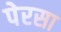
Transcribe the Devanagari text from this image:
पेरसा